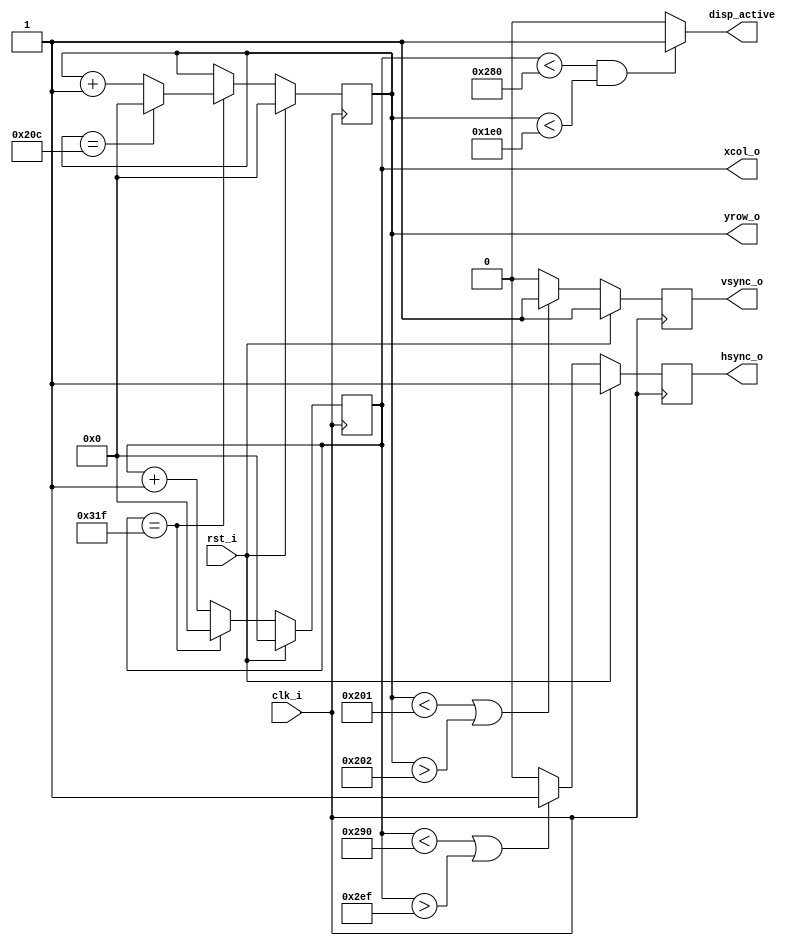
`timescale 1ns / 1ps
//////////////////////////////////////////////////////////////////////////////////
// 
// Module Name: vga_controller.v
// Project Name: VGA Controller
// Target Devices: BASYS 3
// Description: Control VGA RGB outputs, sync pulses, and disp_active signal.
//              Operates on 25MHz clock, 800x525 (active region 640x480 pixels)
//              ---------------------------------------------------------------
//              Outputs
//              -------
//              hsync_o (active low horizontal sync pulse)
//              vsync_o (active low vertial sync pulse)
//              xcol_o, yrow_o (current pixel position)
//              disp_active_o (active high, signals that current pixel is in display region)
//                                                              
//              _ _____________________________  sync  __________________________
//               |   disp region     | f porch |______| b porch  |    next disp...
//
//
//
// Revision:
//////////////////////////////////////////////////////////////////////////////////



module vga_controller(
    input clk_i, rst_i, // 25MHz clk, active high reset
    output hsync_o, vsync_o,
    output disp_active,
    output[10:0] xcol_o, yrow_o 
    );
    // define constant parameters 
    localparam H_DISP = 640;    // horizonal display module vga_controller
    localparam H_BPORCH = 48;   // horizontal back module vga_controller //40+8
    localparam H_FPORCH = 16;   // horizontal front module vga_controller //8+8 
    localparam H_SYNC = 96;     // horizontal sync // 96
    localparam H_FRAME = 800;   // total frame pixel width
    localparam V_DISP = 480;    // vertical display module vga_controller
    localparam V_BPORCH = 33;   // vertical back module vga_controller 
    localparam V_FPORCH = 10;   // vertical front module vga_controller  
    localparam V_SYNC = 2;     // vertical sync
    localparam V_FRAME = 525;   // vertial frame pixel heigh
 
reg[10:0] col_cnt, row_cnt = 0;
reg hsync, vsync = 0; 
reg sync_p = 0;
// row and column counter    
// increment the vertical counter and reset horizontal counter 
// when pixel reaches end of horizontal frame
always @(posedge clk_i)
begin
    if(rst_i) begin
        col_cnt <= 0;
        row_cnt <= 0;
    end
    else begin
        if (col_cnt == H_FRAME-1) begin
            col_cnt <= 0;
            if(row_cnt == V_FRAME-1) begin
                row_cnt <= 0;
            end
            else begin            
                row_cnt <= row_cnt + 1;
            end       
        end
        else begin    
            col_cnt <= col_cnt + 1;
        end   
    end   
end  

// horizontal sync  
always @(posedge clk_i) 
begin
    if (rst_i) begin
        hsync <= ~ sync_p;
    end
    else begin
        if ((col_cnt < (H_DISP + H_FPORCH)) ||
            (col_cnt > (H_FRAME - H_BPORCH-1))) begin
            hsync <= ~sync_p;
        end    
        else begin
            hsync <= sync_p;
        end                                              
    end
end 
  
// vertical sync 
always @(posedge clk_i) 
begin
    if (rst_i) begin
        vsync <= ~sync_p;
    end
    else begin   
        if ((row_cnt < (V_DISP + V_BPORCH)) ||
            (row_cnt > (V_FRAME - V_FPORCH -1))) begin
            vsync <= ~sync_p;
        end    
        else begin
            vsync <= sync_p;
        end                                                    
    end
end    

        
assign disp_active = ((col_cnt < H_DISP) && (row_cnt < V_DISP)) ? 1 : 0; 
assign hsync_o = hsync;
assign vsync_o = vsync;   
assign xcol_o = col_cnt;
assign yrow_o = row_cnt;

endmodule